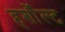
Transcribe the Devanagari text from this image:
हर्शौल्ट